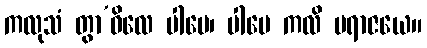
ကလုသံ တွာ’ဝိလေ ပါပေ၊ ပါပေ ကလိ ပရာဇယေ။